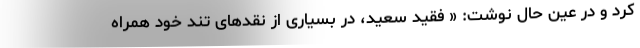
کرد و در عین حال نوشت: « فقید سعید، در بسیاری از نقدهای تند خود همراه